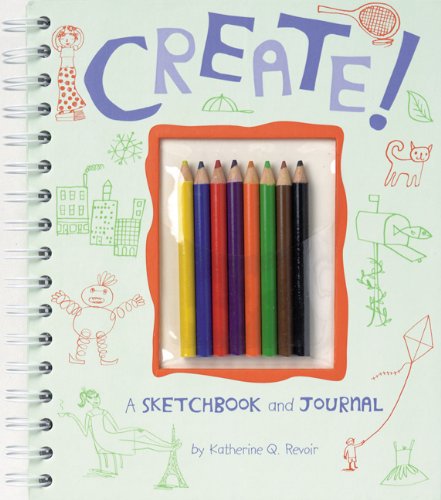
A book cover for Create! A Sketchbook and Journal; Maria Carluccio; Teen & Young Adult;